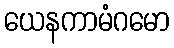
ယေနကာမံဂမော